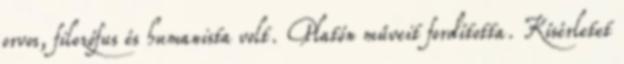
orvos, filozófus és humanista volt. Platón műveit fordította. Kísérletet